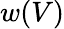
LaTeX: w(V)